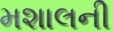
મશાલની